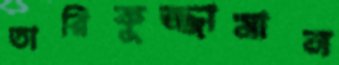
তারিকুজ্জামান